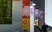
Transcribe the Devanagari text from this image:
गीरोह